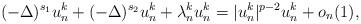
\begin{align*} (-\Delta)^{s_1} u_n^k +(-\Delta)^{s_2} u_n^k + \lambda_n^k u_n^k=|u_n^k|^{p-2} u_n^k+o_n(1),\end{align*}